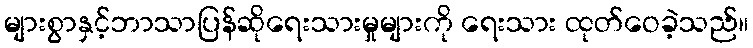
များစွာနှင့်ဘာသာပြန်ဆိုရေးသားမှုများကို ရေးသား ထုတ်ဝေခဲ့သည်။